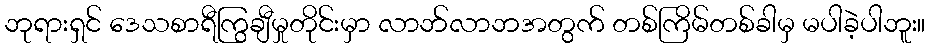
ဘုရားရှင် ဒေသစာရီကြွချီမှုတိုင်းမှာ လာဘ်လာဘအတွက် တစ်ကြိမ်တစ်ခါမှ မပါခဲ့ပါဘူး။